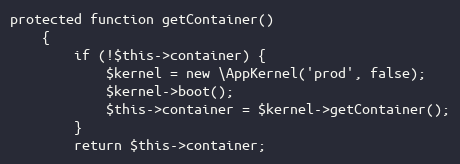
Language: PHP
protected function getContainer()
    {
        if (!$this->container) {
            $kernel = new \AppKernel('prod', false);
            $kernel->boot();
            $this->container = $kernel->getContainer();
        }
        return $this->container;